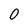
Character: 0